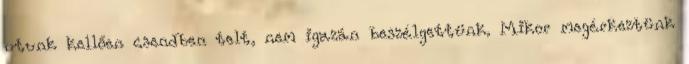
utunk kellően csendben telt, nem igazán beszélgettünk. Mikor megérkeztünk